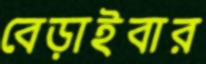
বেড়াইবার